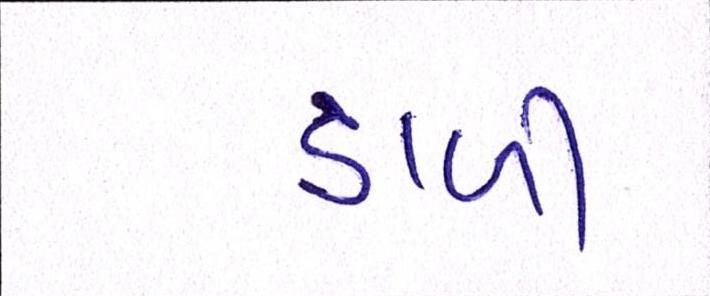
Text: ડાળી